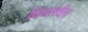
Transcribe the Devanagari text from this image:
विचारशील।